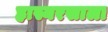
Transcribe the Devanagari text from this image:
हास्यरसाला